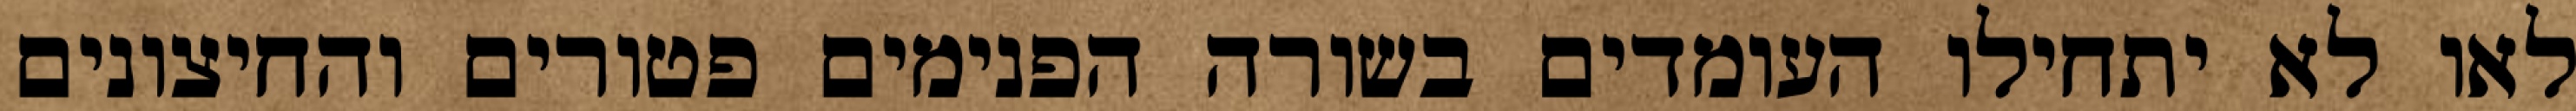
לאו לא יתחילו העומדים בשורה הפנימים פטורים והחיצונים